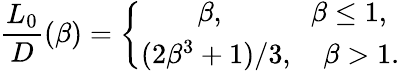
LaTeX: \frac{L_{0}}{D}(\beta)={\left\{ \begin{array}{l}{\qquad\beta,\qquad\quad\beta\le 1,}\\ {(2\beta^{3}+1)/3,\quad\beta>1.}\end{array}\right.}